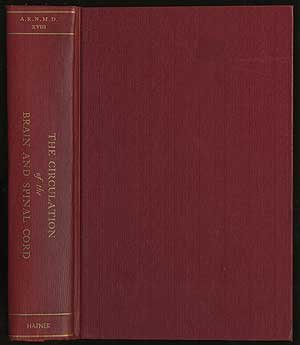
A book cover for Circulation of the Brain and Spinal Cord (Association for Research in Nervous & Mental Diseases (ARNMD)); Stanley Cobb; Health, Fitness & Dieting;